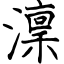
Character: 澟